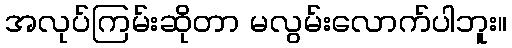
အလုပ်ကြမ်းဆိုတာ မလွမ်းလောက်ပါဘူး။